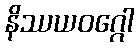
နိဿယဝဂ္ဂေါ